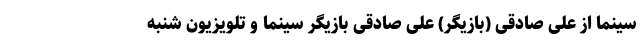
سینما از علی صادقی (بازیگر) علی صادقی بازیگر سینما و تلویزیون شنبه